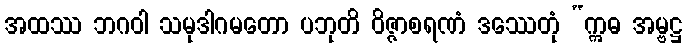
အထဿ ဘဂဝါ သမုဒါဂမတော ပဘုတိ ဝိဇ္ဇာစရဏံ ဒဿေတုံ “ဣဓ အမ္ဗဋ္ဌ